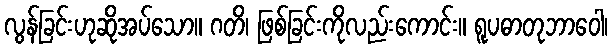
လွန်ခြင်းဟုဆိုအပ်သော။ ဂတိ၊ ဖြစ်ခြင်းကိုလည်းကောင်း။ ရူပဓာတုဘာဝေါ၊